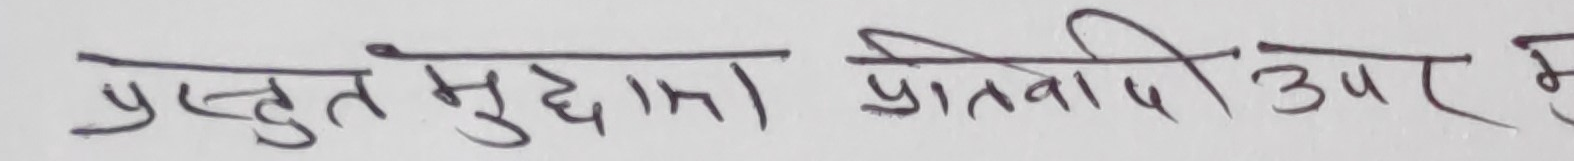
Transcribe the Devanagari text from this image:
प्रस्तुत मुद्दामा प्रतिवादी उपर